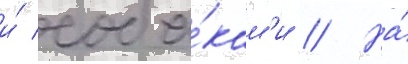
и́ соба́кам'и // На́